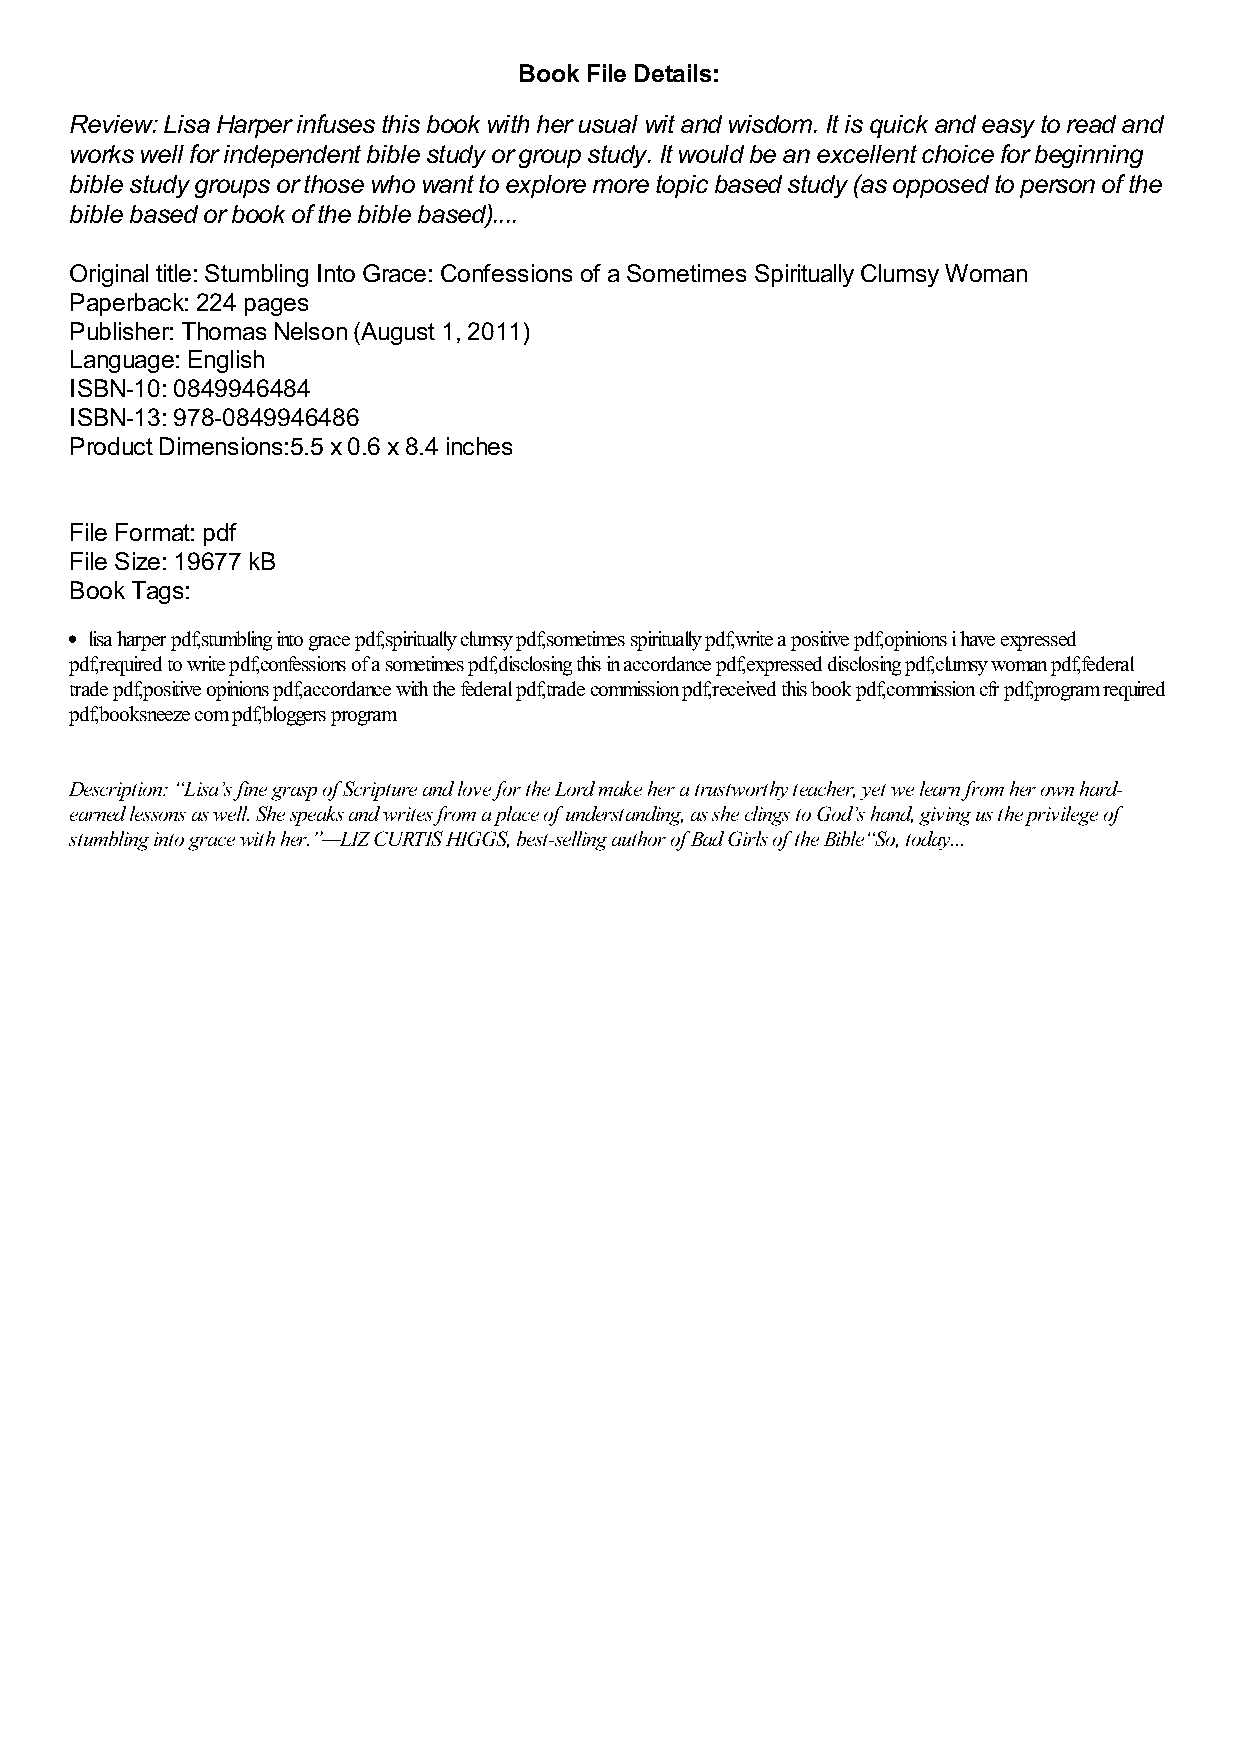
Book File Details:
 Review: Lisa Harper infuses this book with her usual wit and wisdom. It is quick and easy to read and
 works well for independent bible study or group study. It would be an excellent choice for beginning
 bible study groups or those who want to explore more topic based study (as opposed to person of the
 bible based or book of the bible based)....
 Original title: Stumbling Into Grace: Confessions of a Sometimes Spiritually Clumsy Woman
 Paperback: 224 pages
 Publisher: Thomas Nelson (August 1, 2011)
 Language: English
 ISBN-10: 0849946484
 ISBN-13: 978-0849946486
 Product Dimensions:5.5 x 0.6 x 8.4 inches
 File Format: pdf
 File Size: 19677 kB
 Book Tags:
 lisa harper pdf,stumbling into grace pdf,spiritually clumsy pdf,sometimes spiritually pdf,write a positive pdf,opinions i have expressed
 pdf,required to write pdf,confessions of a sometimes pdf,disclosing this in accordance pdf,expressed disclosing pdf,clumsy woman pdf,federal
 trade pdf,positive opinions pdf,accordance with the federal pdf,trade commission pdf,received this book pdf,commission cfr pdf,program required
 pdf,booksneeze com pdf,bloggers program
 Description: “Lisa’s fine grasp of Scripture and love for the Lord make her a trustworthy teacher, yet we learn from her own hard-
 earned lessons as well. She speaks and writes from a place of understanding, as she clings to God’s hand, giving us the privilege of
 stumbling into grace with her.”—LIZ CURTIS HIGGS, best-selling author of Bad Girls of the Bible“So, today...